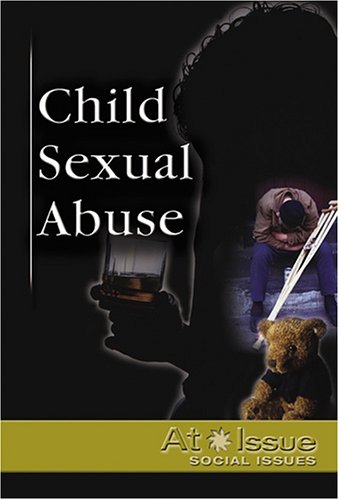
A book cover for At Issue Series - Child Sexual Abuse (hardcover edition); Teen & Young Adult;